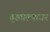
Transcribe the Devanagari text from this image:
बुडवल्यावर